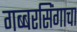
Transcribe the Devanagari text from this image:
गब्बरसिंगाचा